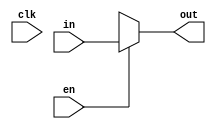
module buffer(input [15:0] in, 
              input en, clk,
              output reg [15:0] out);
    
    always @(*) begin
        if(en)
            out <= in;
        else
            out <= 16'bx; // high impedence output to not interfere with bus
    end

endmodule